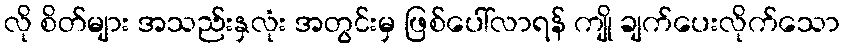
လို စိတ်များ အသည်းနှလုံး အတွင်းမှ ဖြစ်ပေါ်လာရန် ကျို ချက်ပေးလိုက်သော